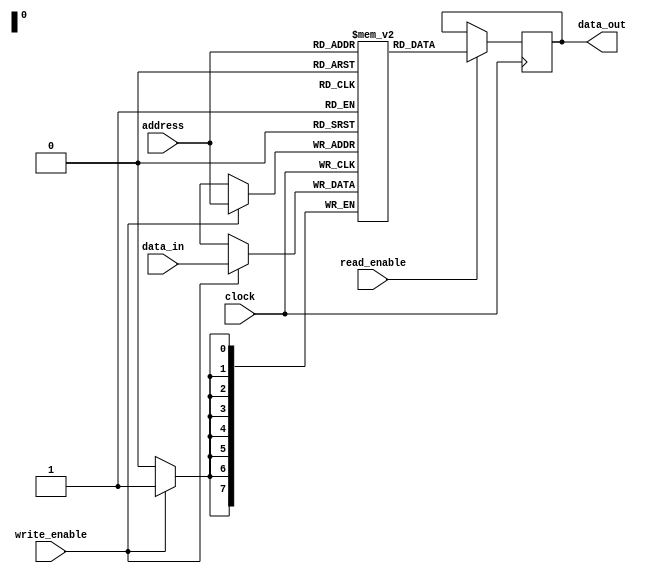
module SRAM (
    input clock,
    input read_enable,
    input write_enable,
    input [N-1:0] address,
    input [N-1:0] data_in,
    output reg [N-1:0] data_out
);

// Parameters
parameter N = 8; // Number of bits per memory cell

// Internal signals
reg [N-1:0] memory_array [0:2**N-1];

// Address decoder
always @ (posedge clock) begin
    if (read_enable) begin
        data_out <= memory_array[address];
    end
    if (write_enable) begin
        memory_array[address] <= data_in;
    end
end

endmodule